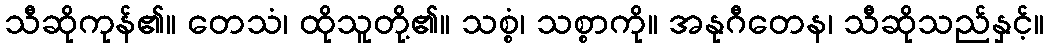
သီဆိုကုန်၏။ တေသံ၊ ထိုသူတို့၏။ သစ္စံ၊ သစ္စာကို။ အနုဂီတေန၊ သီဆိုသည်နှင့်။